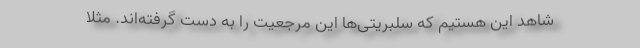
شاهد این هستیم که سلبریتی‌ها این مرجعیت را به دست گرفته‌اند. مثلا